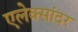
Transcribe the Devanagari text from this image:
एलेक्सांदर